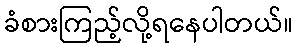
ခံစားကြည့်လို့ရနေပါတယ်။